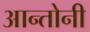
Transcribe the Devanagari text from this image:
आन्तोनी